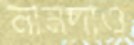
নানদাও